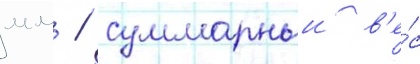
мм / суммарныи в'е́с